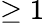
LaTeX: \ge 1